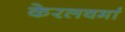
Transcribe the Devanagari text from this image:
केरलवर्मा